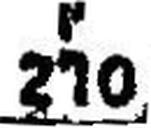
270